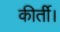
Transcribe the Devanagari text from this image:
कीर्ती।